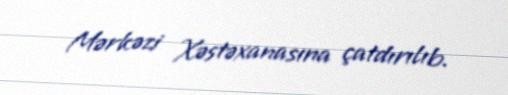
Mərkəzi Xəstəxanasına çatdırılıb.